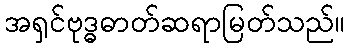
အရှင်ဗုဒ္ဓဓာတ်ဆရာမြတ်သည်။